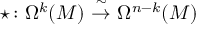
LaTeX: \star \colon \Omega ^ { k } ( M ) \ { \stackrel { \sim } { \to } } \ \Omega ^ { n - k } ( M )